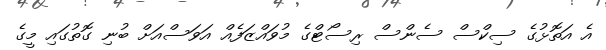
އެ އަތޮޅުގެ ސިކްސް ސެންސް ރިސޯޓްގެ މުވައްޒަފެއް އަވަސްއަށް ބުނި ގޮތުގައި މީގެ